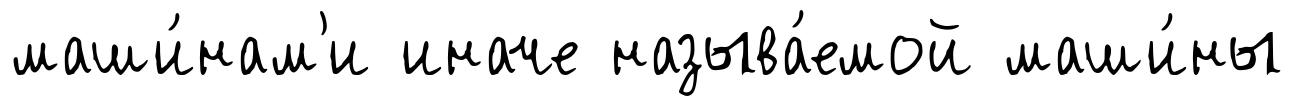
маши́нам'и иначе называ́емой маши́ны